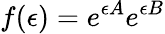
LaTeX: f(\epsilon)=e^{\epsilon A}e^{\epsilon B}